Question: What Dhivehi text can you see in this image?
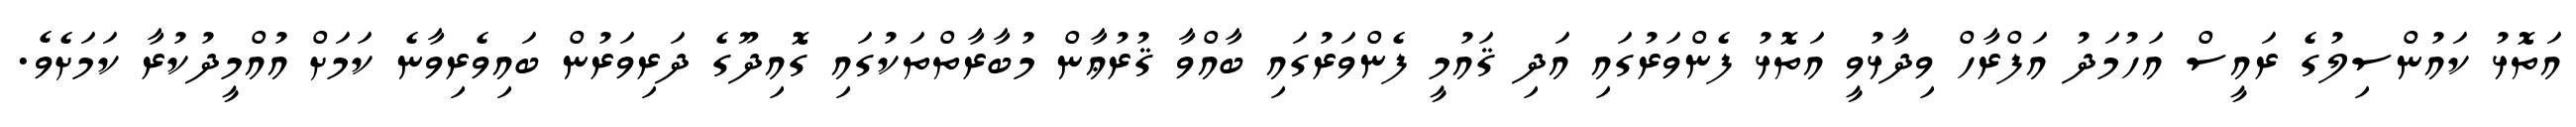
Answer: އަތޮޅު ކައުންސިލުގެ ރައީސް އަހުމަދު އަފްރާހް ވިދާޅުވީ އަތޮޅު ފެންވަރުގައި އަދި ޤައުމީ ފެންވަރުގައި ބާއްވާ ޤުރުޢާން މުބާރާތްތަކުގައި ގޮއިދޫގެ ދަރިވަރުން ބައިވެރިވާނެ ކަމަށް އުއްމީދުކުރާ ކަމަށެވެ.